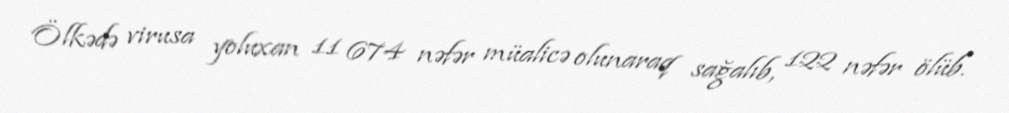
Ölkədə virusa yoluxan 11 674 nəfər müalicə olunaraq sağalıb, 122 nəfər ölüb.